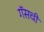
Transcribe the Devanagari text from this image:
गॅसची